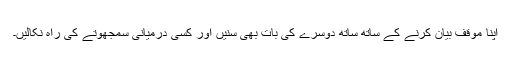
اپنا مؤقف بیان کرنے کے ساتھ ساتھ دوسرے کی بات بھی سنیں اور کسی درمیانی سمجھوتے کی راہ نکالیں۔